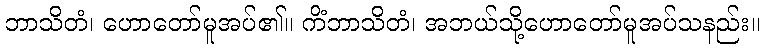
ဘာသိတံ၊ ဟောတော်မူအပ်၏။ ကိံဘာသိတံ၊ အဘယ်သို့ဟောတော်မူအပ်သနည်း။